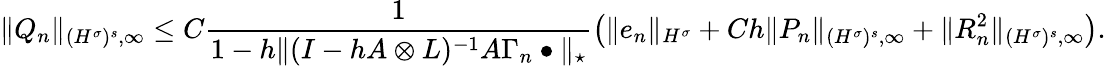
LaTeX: \| Q_{n}\| _{{(H^{\sigma})^{s}},\infty}\leq C\frac{1}{1-h\| (I-hA\otimes L)^{-1}A\Gamma_{n}\bullet\| _{\star}}\left(\| e_{n}\| _{H^{\sigma}}+Ch\| P_{n}\| _{{(H^{\sigma})^{s}},\infty}+\| R_{n}^{2}\| _{{(H^{\sigma})^{s}},\infty}\right).